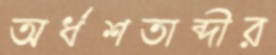
অর্ধশতাব্দীর